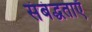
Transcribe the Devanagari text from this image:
संबंद्धताएँ